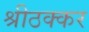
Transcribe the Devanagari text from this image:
श्रीठक्कर